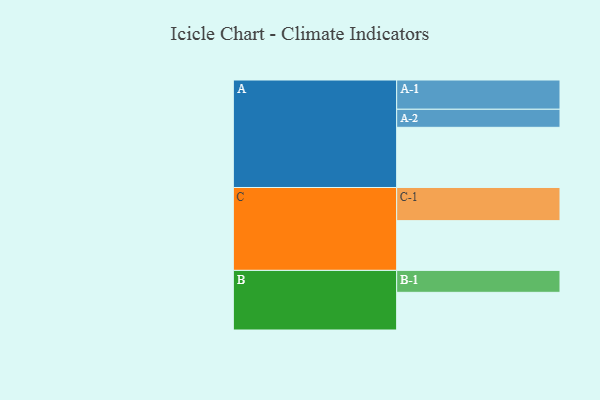
{"axis": {"x": "Segment", "y": "Value"}, "legend": ["", "A", "B", "C"], "data": [{"x": "A", "y": 543, "type": ""}, {"x": "B", "y": 340, "type": ""}, {"x": "C", "y": 449, "type": ""}, {"x": "A-1", "y": 264, "type": "A"}, {"x": "A-2", "y": 163, "type": "A"}, {"x": "B-1", "y": 198, "type": "B"}, {"x": "C-1", "y": 299, "type": "C"}]}